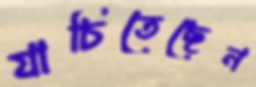
যাচিতেছেন